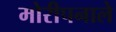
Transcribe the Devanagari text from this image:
मोरीपनाले